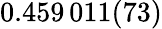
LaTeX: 0.459\, 011(73)